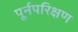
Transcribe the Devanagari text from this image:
पूर्नपरिक्षण